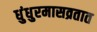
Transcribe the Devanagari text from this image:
धुंधुरमासव्रतात